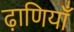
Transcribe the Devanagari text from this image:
ढ़ाणियाँ